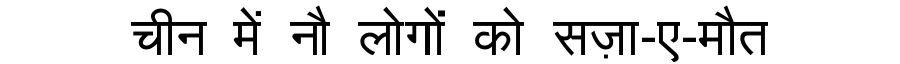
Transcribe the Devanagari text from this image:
चीन में नौ लोगों को सज़ा-ए-मौत